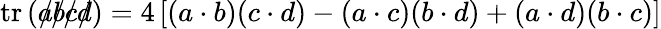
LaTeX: \operatorname{tr}\left({a\! \! \! /}{b\! \! \! /}{c\! \! \! /}{d\! \! \! /}\right)=4\left[(a\cdot b)(c\cdot d)-(a\cdot c)(b\cdot d)+(a\cdot d)(b\cdot c)\right]